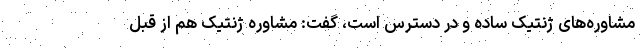
مشاوره‌های ژنتیک ساده و در دسترس است، گفت: مشاوره ژنتیک هم از قبل